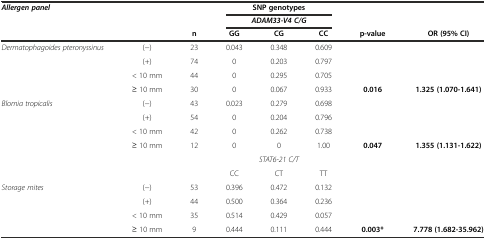
| Allergen panel |  |  | <COLSPAN=3> SNP genotypes |  |  |
 |  |  |  | <COLSPAN=3> ADAM33-V4 C/G |  |  |
 |  |  | n | GG | CG | CC | p-value | OR (95% CI) |
 | --- | --- | --- | --- | --- | --- | --- | --- |
 | <ROWSPAN=2> Dermatophagoides pteronyssinus | (-) | 23 | 0.043 | 0.348 | 0.609 |  |  |
 | (+) | 74 | 0 | 0.203 | 0.797 |  |  |
 |  | < 10 mm | 44 | 0 | 0.295 | 0.705 |  |  |
 |  | ≥ 10 mm | 30 | 0 | 0.067 | 0.933 | 0.016 | 1.325 (1.070-1.641) |
 | Blomia tropicalis | (-) | 43 | 0.023 | 0.279 | 0.698 |  |  |
 |  | (+) | 54 | 0 | 0.204 | 0.796 |  |  |
 |  | < 10 mm | 42 | 0 | 0.262 | 0.738 |  |  |
 |  | ≥ 10 mm | 12 | 0 | 0 | 1.00 | 0.047 | 1.355 (1.131-1.622) |
 |  |  |  | <COLSPAN=3> STAT6-21 C/T |  |  |
 |  |  |  | CC | CT | TT |  |  |
 | Storage mites | (-) | 53 | 0.396 | 0.472 | 0.132 |  |  |
 |  | (+) | 44 | 0.500 | 0.364 | 0.236 |  |  |
 |  | < 10 mm | 35 | 0.514 | 0.429 | 0.057 |  |  |
 |  | ≥ 10 mm | 9 | 0.444 | 0.111 | 0.444 | 0.003* | 7.778 (1.682-35.962) |